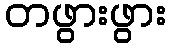
တဖွားဖွား